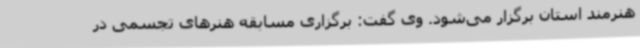
هنرمند استان برگزار می‌شود. وی گفت: برگزاری مسابقه هنرهای تجسمی در